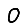
Digit: 0